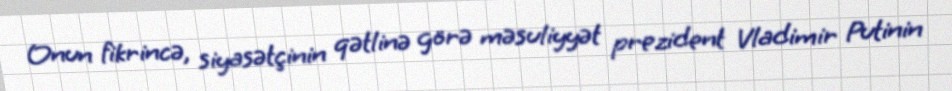
Onun fikrincə, siyasətçinin qətlinə görə məsuliyyət prezident Vladimir Putinin